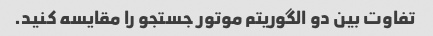
تفاوت بین دو الگوریتم موتور جستجو را مقایسه کنید.